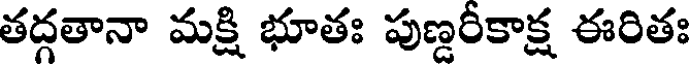
తద్గతానా మక్షి భూతః పుణ్డరీకాక్ష ఈరితః